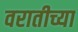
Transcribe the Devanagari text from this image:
वरातीच्या